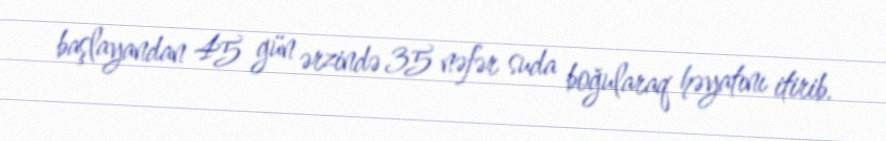
başlayandan 45 gün ərzində 35 nəfər suda boğularaq həyatını itirib.